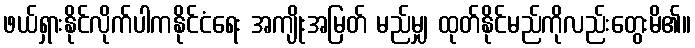
ဖယ်ရှားနိုင်လိုက်ပါကနိုင်ငံရေး အကျိုးအမြတ် မည်မျှ ထုတ်နိုင်မည်ကိုလည်းတွေးမိ၏။